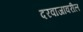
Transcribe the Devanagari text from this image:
दरवाजावरील